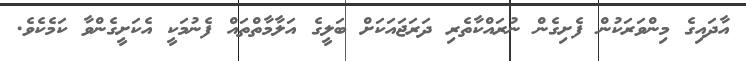
އާދައިގެ މިންވަރަކުން ފެށިގެން ނުރައްކާތެރި ދަރަޖައަކަށް ބަލީގެ އަލާމާތްތައް ފެނުމަކީ އެކަށީގެންވާ ކަމެކެވެ.